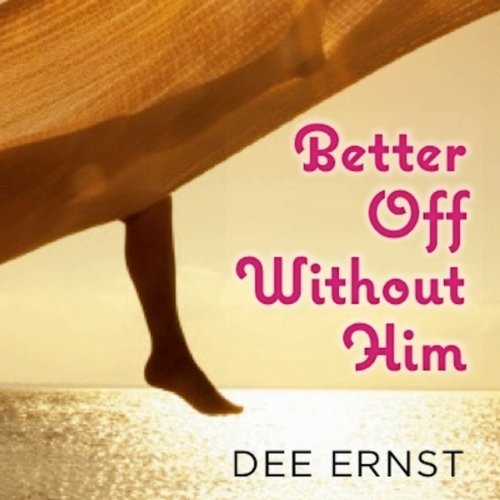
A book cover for Better Off Without Him; Dee Ernst; Literature & Fiction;